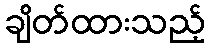
ချိတ်ထားသည့်